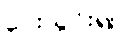
ပေးသွင်း၍